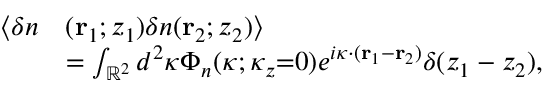
\begin{array} { r l } { \langle \delta n } & { ( \mathbf { r } _ { 1 } ; z _ { 1 } ) \delta n ( \mathbf { r } _ { 2 } ; z _ { 2 } ) \rangle } \\ & { = \int _ { \mathbb { R } ^ { 2 } } d ^ { 2 } \boldsymbol { \kappa } \Phi _ { n } ( \boldsymbol { \kappa } ; \kappa _ { z } { = } 0 ) e ^ { i \boldsymbol { \kappa } \cdot ( \mathbf { r } _ { 1 } - \mathbf { r } _ { 2 } ) } \delta ( z _ { 1 } - z _ { 2 } ) , } \end{array}